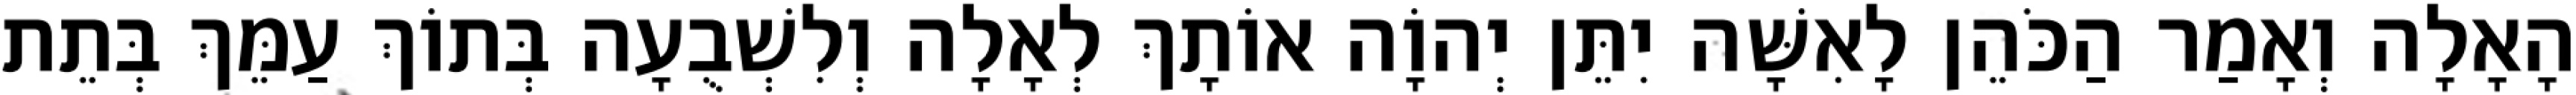
הָאָלָה וְאָמַר הַכֹּהֵן לָאִשָּׁה יִתֵּן יְהוָֹה אוֹתָךְ לְאָלָה וְלִשְׁבֻעָה בְּתוֹךְ עַמֵּךְ בְּתֵת